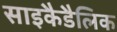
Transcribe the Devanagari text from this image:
साइकैडैलिक